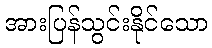
အားပြန်သွင်းနိုင်သော